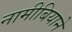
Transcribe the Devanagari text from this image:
नामीबियाने